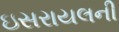
ઇસરાયલની